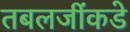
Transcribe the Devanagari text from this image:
तबलजींकडे